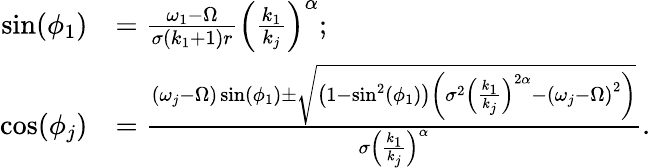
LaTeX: \begin{array}{rl}{\sin(\phi_{1})}&{=\frac{\omega_{1}-\Omega}{\sigma\left(k_{1}+1\right)r}\left(\frac{k_{1}}{k_{j}}\right)^{\alpha};}\\ {\cos(\phi_{j})}&{=\frac{\left(\omega_{j}-\Omega\right)\sin(\phi_{1})\pm\sqrt{\left(1-\sin^{2}(\phi_{1})\right)\left(\sigma^{2}\left(\frac{k_{1}}{k_{j}}\right)^{2\alpha}-\left(\omega_{j}-\Omega\right)^{2}\right)}}{\sigma\left(\frac{k_{1}}{k_{j}}\right)^{\alpha}}.}\end{array}